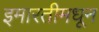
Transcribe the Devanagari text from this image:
इमारतीमधून